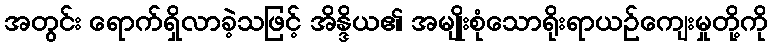
အတွင်း ရောက်ရှိလာခဲ့သဖြင့် အိန္ဒိယ၏ အမျိုးစုံသောရိုးရာယဉ်ကျေးမှုတို့ကို